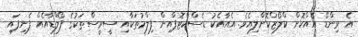
އެ ވިންޑޯ އެއްކޮށް ކްލޯޒްކޮށްލިއެވެ. އެއާއެކު ޑެސްކްޓޮޕްއިން ފިލްމުތަކާއި ސީރީސްތަކުގެ ފޯލްޑާއެއް ފެނިފައި